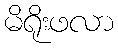
မိရိုးဖလာ